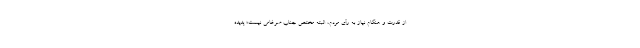
از قدرت و هنگام نیاز به رأی مردم، البته مختص جناب ضرغامی نیست؛ پدیده